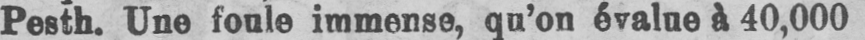
Pesth. Une foule immense, qu’on évalue à 40,000